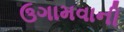
ઉગામવાની